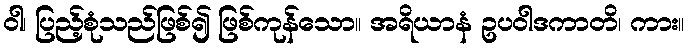
ဝါ၊ ပြည့်စုံသည်ဖြစ်၍ ဖြစ်ကုန်သော။ အရိယာနံ ဥပဝါဒကာတိ၊ ကား။